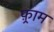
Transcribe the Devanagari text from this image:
फ़्राम